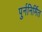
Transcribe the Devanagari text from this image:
पुर्ननिर्मित